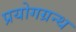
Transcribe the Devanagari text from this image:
प्रयोगग्रन्थ